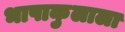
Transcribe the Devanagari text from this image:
भाषाकुलाला